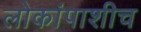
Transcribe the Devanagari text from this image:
लोकांपाशीच